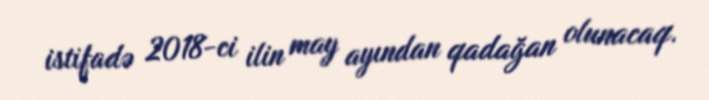
istifadə 2018-ci ilin may ayından qadağan olunacaq.